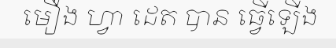
មឿង ហ្វា ដេត បាន ធ្វើឡើង